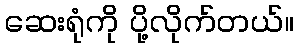
ဆေးရုံကို ပို့လိုက်တယ်။